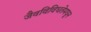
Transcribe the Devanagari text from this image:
जैवविविधतेमधून